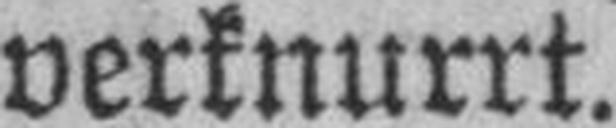
verknurrt.